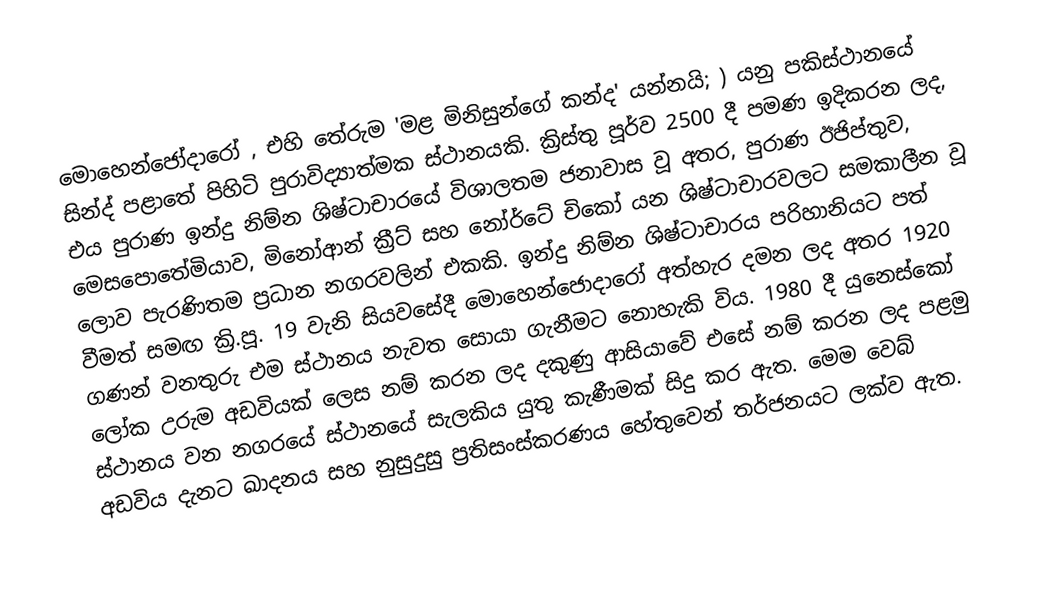
මොහෙන්ජෝදාරෝ     , එහි තේරුම 'මළ මිනිසුන්ගේ කන්ද' යන්නයි;       ) යනු පකිස්ථානයේ සින්ද් පළාතේ පිහිටි පුරාවිද්‍යාත්මක ස්ථානයකි. ක්‍රිස්තු පූර්ව 2500 දී පමණ ඉදිකරන ලද, එය පුරාණ ඉන්දු නිම්න ශිෂ්ටාචාරයේ විශාලතම ජනාවාස වූ අතර, පුරාණ ඊජිප්තුව, මෙසපොතේමියාව, මිනෝආන් ක්‍රීට් සහ නෝර්ටේ චිකෝ යන ශිෂ්ටාචාරවලට සමකාලීන වූ ලොව පැරණිතම ප්‍රධාන නගරවලින් එකකි. ඉන්දු නිම්න ශිෂ්ටාචාරය පරිහානියට පත් වීමත් සමඟ ක්‍රි.පූ. 19 වැනි සියවසේදී මොහෙන්ජොදාරෝ අත්හැර දමන ලද අතර 1920 ගණන් වනතුරු එම ස්ථානය නැවත සොයා ගැනීමට නොහැකි විය. 1980 දී යුනෙස්කෝ ලෝක උරුම අඩවියක් ලෙස නම් කරන ලද දකුණු ආසියාවේ එසේ නම් කරන ලද පළමු ස්ථානය වන නගරයේ ස්ථානයේ සැලකිය යුතු කැණීමක් සිදු කර ඇත.  මෙම වෙබ්  අඩවිය දැනට ඛාදනය සහ නුසුදුසු ප්‍රතිසංස්කරණය හේතුවෙන් තර්ජනයට ලක්ව ඇත.